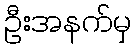
ဦးအနက်မှ